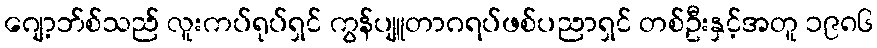
ဂျော့ဘ်စ်သည် လူးကပ်ရုပ်ရှင် ကွန်ပျူတာဂရပ်ဖစ်ပညာရှင် တစ်ဦးနှင့်အတူ ၁၉၈၆